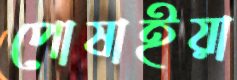
পোষাইয়া